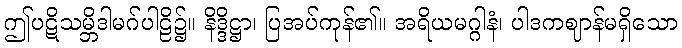
ဤပဋိသမ္ဘိဒါမဂ်ပါဠိ၌။ နိဒ္ဒိဋ္ဌာ၊ ပြအပ်ကုန်၏။ အရိယမဂ္ဂါနံ၊ ပါဒကဈာန်မရှိသော